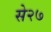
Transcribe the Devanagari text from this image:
से२७